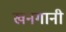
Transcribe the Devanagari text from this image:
खनगानी